Vaccination in the Punjab 1867-1880 - 1867-1880
Year: 1867
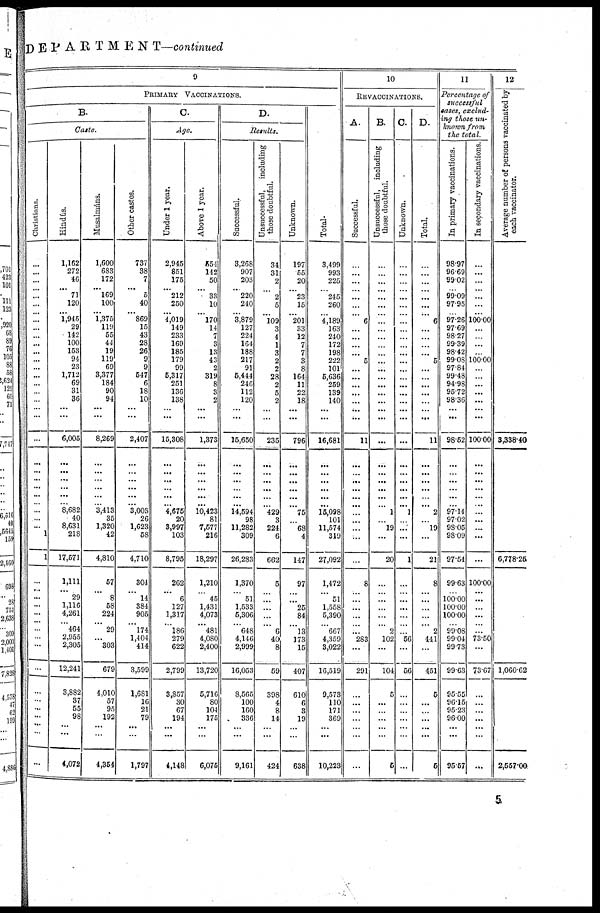
DEPARTMENT—continued
9
PRIMARY VACCINATIONS.
B.
Caste.
Christians.
...
...
...
... ...
...
...
...
...
...
...
...
...
...
...
...
...
...
...
...
...
...
...
...
...
...
...
...
...
...
1
1
...
... ...
...
...
... ...
...
...
...
...
...
...
...
...
...
...
Hindus.
1,162
272
46
... 71
120
... 1,945
29
142
100
153
94
23
1,712
69
31
36
...
...
6,005
...
...
...
...
...
... 8,682
40
8,631
218
17,571
1,111
...
29
1,116
4,261
... 464
2,955
2,305
12,241
3,882
37
55
98
...
...
4,072
Musalmáns.
1,600
683
172
... 169
100
... 1,375
119
55
44
19
119
69
3,377
184
90
94
...
...
8,269
...
...
...
...
...
... 3,413
35
1,320
42
4,810
57
...
8
58
224
...
29
...
303
679
4,010
57
95
192
...
...
4,354
Other castes.
737
38
7
...
5
40
... 869
15
43
28
26
9
9
547
6
18
10
...
...
2,407
...
...
...
...
...
...
3,003
26
1,623
58
4,710
304
...
14
384
905
...
174
1,404
414
3,599
1,681
16
21
79
...
...
1,797
C.
Age.
Under 1 year.
2,945
851
175
... 212
250
... 4,019
149
233
169
185
179
99
5,317
251
136
138
...
...
15,308
...
...
...
...
...
... 4,675
20
3,997
103
8,795
262
...
6
127
1,317
...
186
279
622
2,799
3,857
30
67
194
...
...
4,148
Above 1 year.
554
142
50
... 33
10
... 170
14
7
3
13
43
2
319
8
3
2
...
...
1,373
...
...
...
...
...
... 10,423
81
7,577
216
18,297
1,210
... 45
1,431
4,073
... 481
4,080
2,400
13,720
5,716
80
104
175
...
...
6,075
D.
Results.
Successful.
3,268
907
203
... 220
240
... 3,879
127
224
164
188
217
91
5,444
246
112
120
...
...
15,650
...
...
...
...
...
... 14,594
98
11,282
309
26,283
1,370
...
51
1,533
5,306
...
648
4,146
2,999
16,053
8,565
100
160
336
...
...
9,161
Unsuccessful,
including
those doubtful.
34
31
2
... 2
5
... 109
3
4
1
3
2
2
28
2
5
2
...
...
235
...
...
...
...
...
... 429
3
224
6
662
5
... ...
...
...
... 6
40
8
59
398
4
8
14
...
...
424
Unknown.
197
55
20
... 23
15
... 201
33
12
7
7
3
8
164
11
22
18
...
...
796
...
...
...
...
...
... 75
...
68
4
147
97
... ...
25
84
... 13
173
15
407
610
6
3
19
...
...
638
Total.
3,499
993
225
... 245
260
... 4,189
163
240
172
198
222
101
5,636
259
139
140
...
...
16,681
...
...
...
...
...
... 15,098
101
11,574
319
27,092
1,472
... 51
1,558
5,390
...
667
4,359
3,022
16,519
9,573
110
171
369
...
...
10,223
10
REVACCINATIONS.
A.
Successful.
...
...
...
...
...
...
... 6
...
...
...
...
5
...
...
...
...
...
...
...
11
...
...
...
...
...
...
...
...
...
...
...
8
... ...
...
...
... ... 283
...
291
...
...
...
...
...
...
...
B.
Unsuccessful,
including
those doubtful.
...
...
...
...
...
...
...
...
...
...
...
...
...
...
...
...
...
...
...
...
...
...
...
...
...
...
... 1
...
19
...
20
...
... ...
...
...
... 2
102
...
104
5
...
...
...
...
...
5
C.
Unknown.
...
...
...
... ...
...
... ...
...
...
...
...
...
...
...
...
...
...
...
...
...
...
...
...
...
...
... 1
...
...
...
1
...
... ...
...
...
... ... 56
...
56
...
...
...
...
...
...
...
D.
Total.
...
...
...
...
...
...
... 6
...
...
...
...
5
...
...
...
...
...
...
...
11
...
...
...
...
...
... 2
...
19
...
21
8
...
...
...
...
...
2
441
...
451
5
...
...
...
...
...
5
11
Percentage of
successful
cases, exclud¬
ing those un¬
known from
the total.
In primary vaccinations.
98.97
96.69
99.02
... 99.09
97.95
... 97.26
97.69
98.27
99.39
98.42
99.08
97.84
99.48
94.98
95.72
98.36
...
...
98.52
...
...
...
...
...
... 97.14
97.02
98.05
98.09
97.54
99.63
... 100.00
100.00
100.00
... 99.08
99.04
99.73
99.63
95.55
96.15
95.23
96.00
...
...
95.57
In secondary vaccinations.
...
...
...
... ...
...
... 100.00
...
...
...
...
100.00
...
...
...
...
...
...
...
100.00
...
...
...
...
...
...
...
...
...
...
...
100.00
... ...
...
...
... 73.50
...
73.67
...
...
...
...
...
...
...
12
Average number of persons vaccinated by
each vaccinator.
3,338.40
6,778.25
1,060.62
2,557.00
5